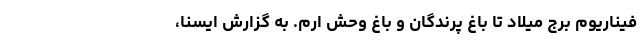
فیناریوم برج میلاد تا باغ ‌پرندگان و باغ وحش ارم. به گزارش ایسنا،